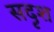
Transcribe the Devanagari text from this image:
सदृश